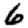
Digit: 6